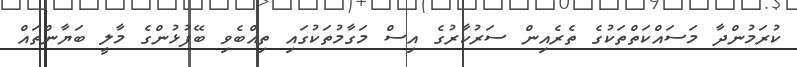
ކުރަމުންދާ މަސައްކަތްތަކުގެ ތެރެއިން ސަރުކާރުގެ އިސް މަގާމުތަކުގައި ތިއްބެވި ބޭފުޅުންގެ މާލީ ބަޔާންތައް